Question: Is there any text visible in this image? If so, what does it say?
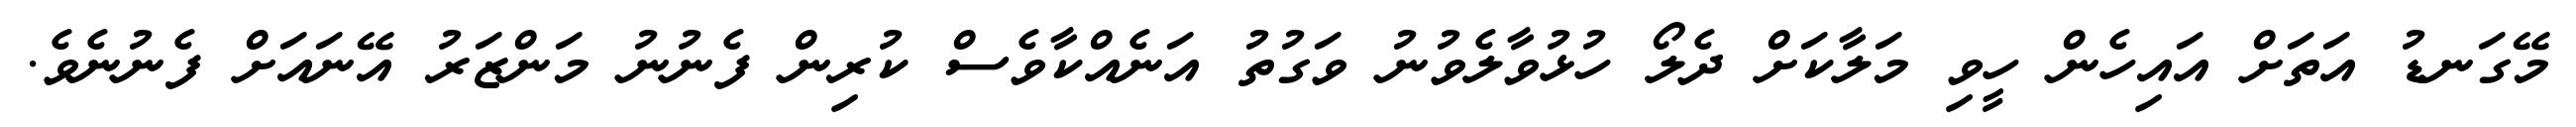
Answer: މޭގަނޑު އަތަށް އައިހެން ހީވި މަލާކަށް ދެލޯ ހުޅުވާލެވުނު ވަގުތު އަނެއްކާވެސް ކުރިން ފެނުނު މަންޒަރު އޭނައަށް ފެނުނެވެ.